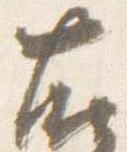
右